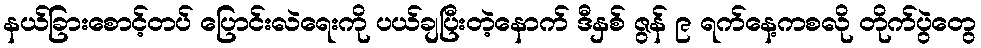
နယ်ခြားစောင့်တပ် ပြောင်းလဲရေးကို ပယ်ချပြီးတဲ့နောက် ဒီနှစ် ဇွန် ၉ ရက်နေ့ကစလို တိုက်ပွဲတွေ